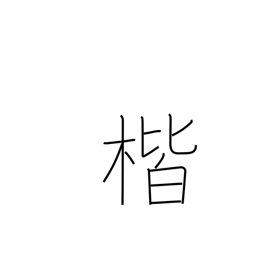
Meaning: correctness